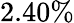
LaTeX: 2.40\%